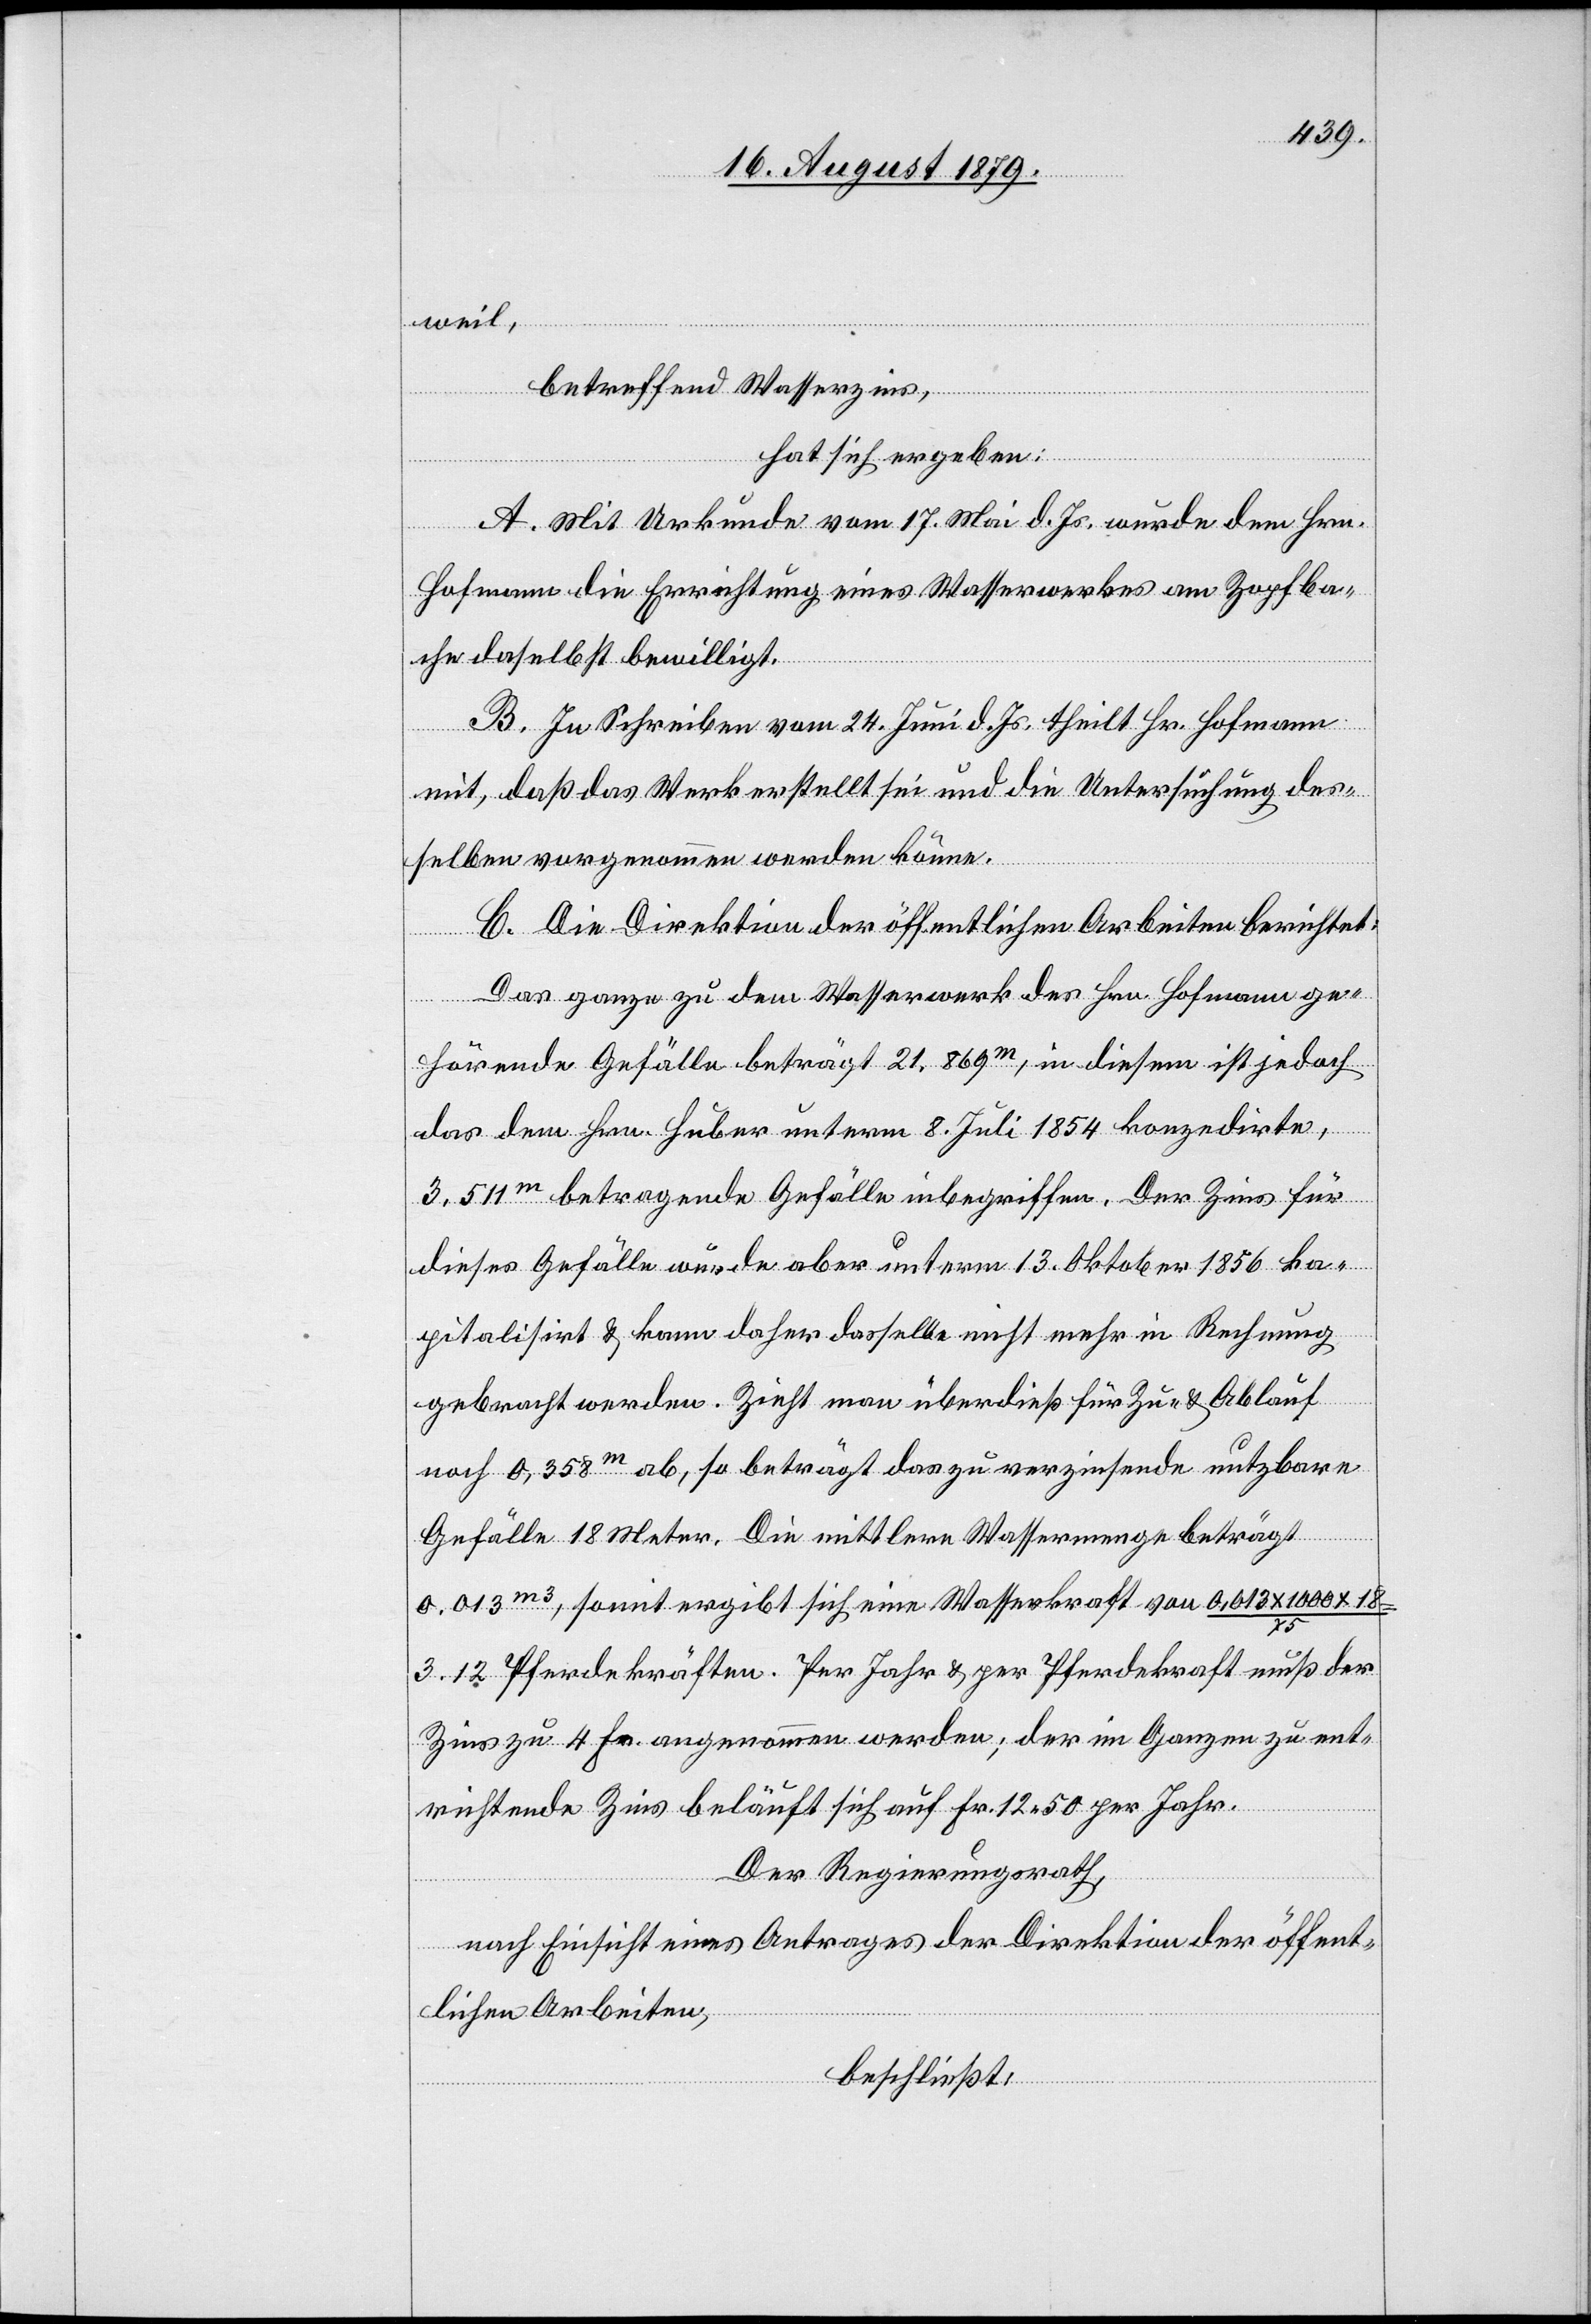
weil,
betreffend Wasserzins,
hat sich ergeben:
A. Mit Urkunde vom 17. Mai d. Js. wurde dem Hrn.
Hofmann die Errichtung eines Wasserwerkes am Zopfba¬
che daselbst bewilligt.
B. In Schreiben vom 24. Juni d. Js. theilt Hr. Hofmann
mit, daß das Werk erstellt sei und die Untersuchung des¬
selben vorgenommen werden könne.
C. Die Direktion der öffentlichen Arbeiten berichtet:
Das ganze zu dem Wasserwerk des Hrn. Hofmann ge¬
hörende Gefälle beträgt 21,869m, in diesem ist jedoch
das dem Hrn. Huber unterm 8. Juli 1854 konzedirte,
3,511m betragende Gefälle inbegriffen. Der Zins für
dieses Gefälle wurde aber unterm 13. Oktober 1856 ka¬
pitalisiert & kann daher dasselbe nicht mehr in Rechnung
gebracht werden. Zieht man überdieß für Zu- & Ablauf
noch 0,358m ab, so beträgt das zu verzinsende nutzbare
Gefälle 18 Meter. Die mittlere Wassermenge beträgt
0,013 m3, somit ergibt sich eine Wasserkraft von 0,013 x 1000 x 18
75
3.12 Pferdekräften. Per Jahr & per Pferdekraft muß der
Zins zu 4 Fr. angenommen werden; der im Ganzen zu ent¬
richtende Zins beläuft sich auf Fr. 12 50 per Jahr.
Der Regierungsrath,
nach Einsicht eines Antrages der Direktion der öffent¬
lichen Arbeiten,
beschließt: